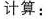
计算: